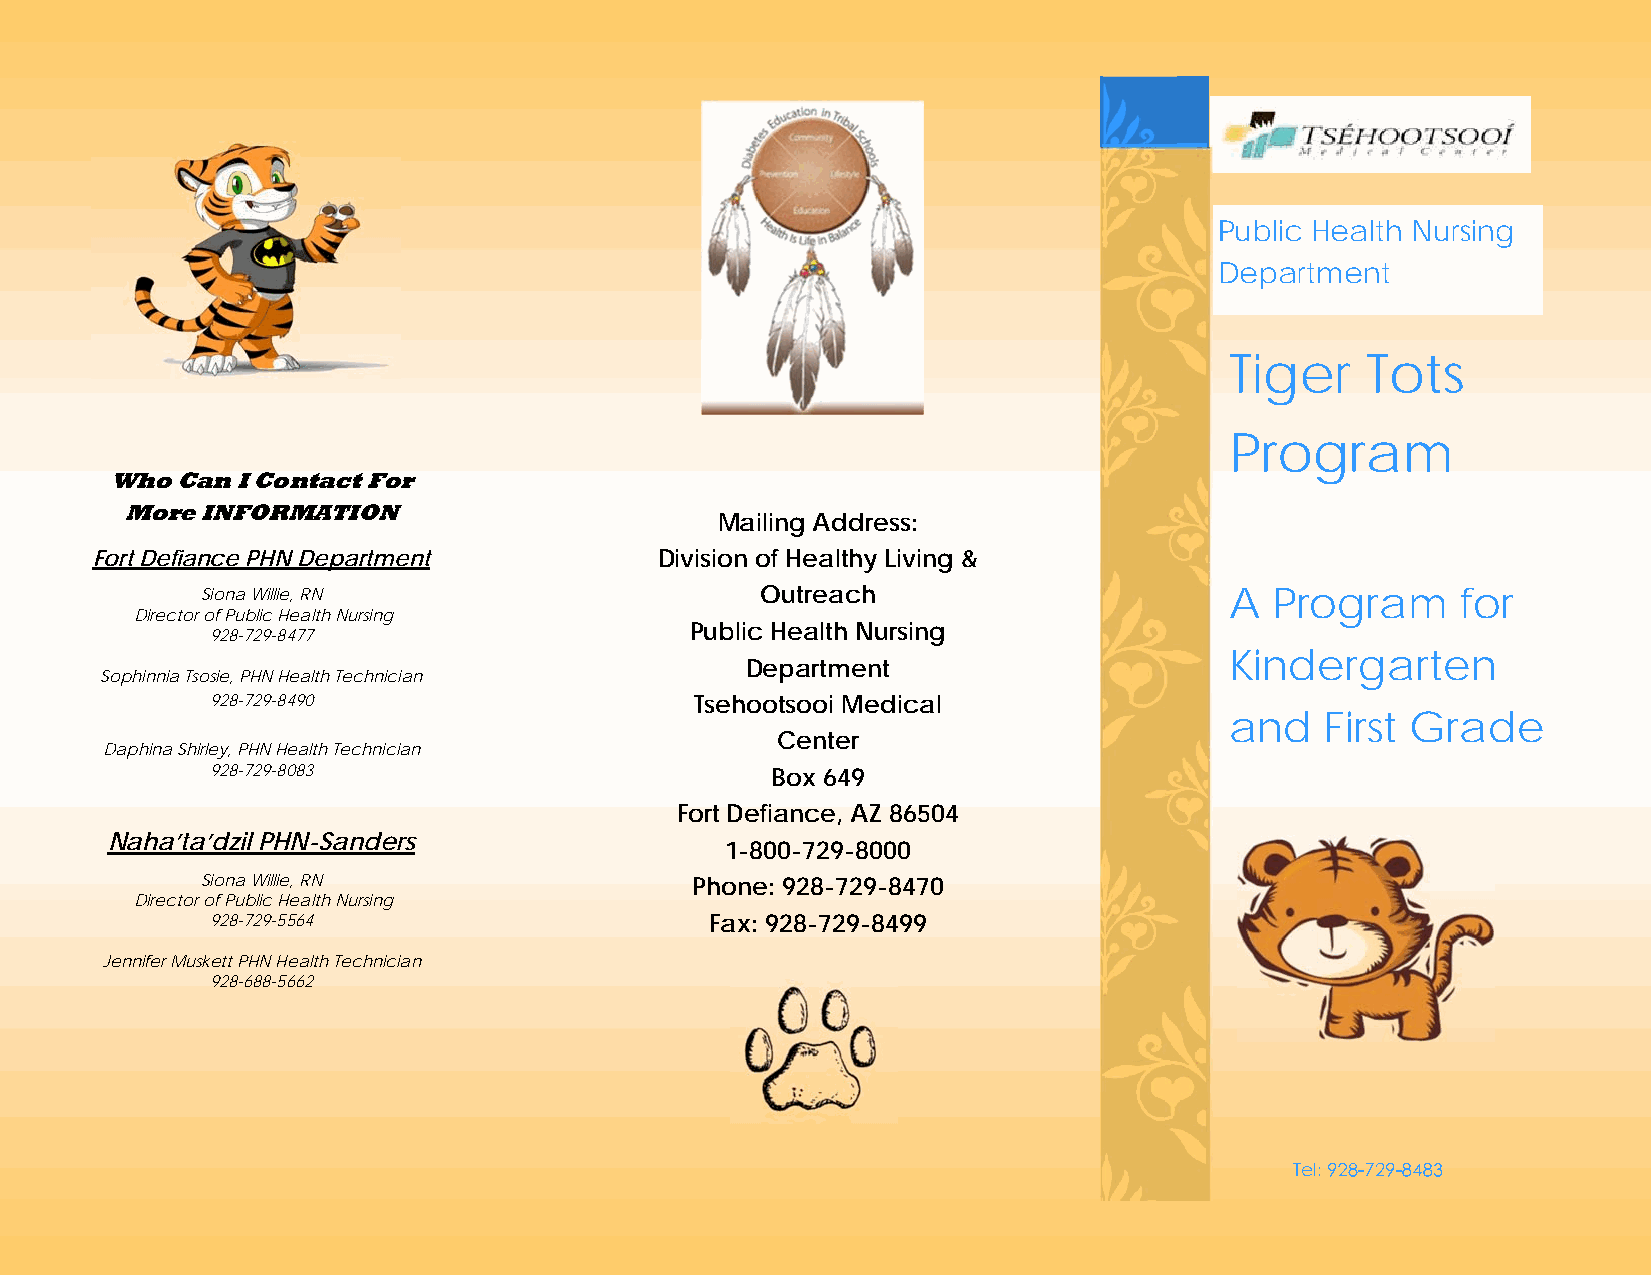
Public Health Nursing
 Department
 Tiger    Tots
 Program
 Who  Can I Contact For
 More INFORMATION
 Mailing Address:
 Fort Defiance PHN Department          Division of Healthy Living &
 Siona Willie, RN                     Outreach                       A  Program      for
 Director of Public Health Nursing
 Public Health Nursing
 928-729-8477
 Kindergarten
 Department
 Sophinnia Tsosie, PHN Health Technician
 928-729-8490                    Tsehootsooi Medical
 and    First Grade
 Center
 Daphina Shirley, PHN Health Technician
 928-729-8083                         Box 649
 Fort Defiance, AZ 86504
 Naha’ta’dzil PHN-Sanders
 1-800-729-8000
 Siona Willie, RN                 Phone: 928-729-8470
 Director of Public Health Nursing
 928-729-5564                     Fax: 928-729-8499
 Jennifer Muskett PHN Health Technician
 928-688-5662
 Tel: